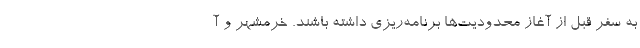
به سفر قبل از آغاز محدودیت‌ها برنامه‌ریزی داشته باشند. خرمشهر و آ